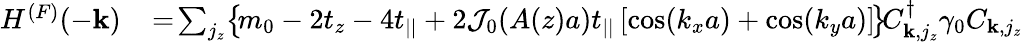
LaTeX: \begin{array}{rl}{H^{(F)}(-{\mathbf k})}&{{}\! =\! \sum_{j_{z}}\! \left\{ \! m_{0}-2t_{z}-4t_{||}+2{\cal J}_{0}(A(z)a)t_{||}\left[\cos(k_{x}a)+\cos(k_{y}a)\right]\! \right\} \! C_{{\mathbf k},j_{z}}^{\dagger}\gamma_{0}C_{{\mathbf k},j_{z}}}\end{array}